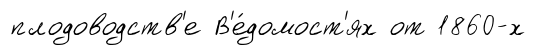
плодоводств'е В'е́домост'ях от 1860-х